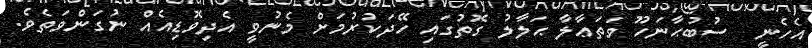
އެހެނީ  ސުބުޙާނަހޫ ވަތަޢާލާ ޙަލާލު ގޮތުގައި ހޭދަކުރުމަށް މެނުވީ އެދިވޮޑިއެއް ނުގަންވަތެވެ.